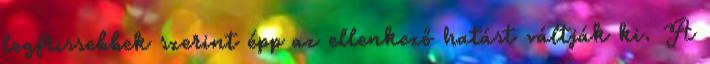
legfrissebbek szerint épp az ellenkező hatást váltják ki. A